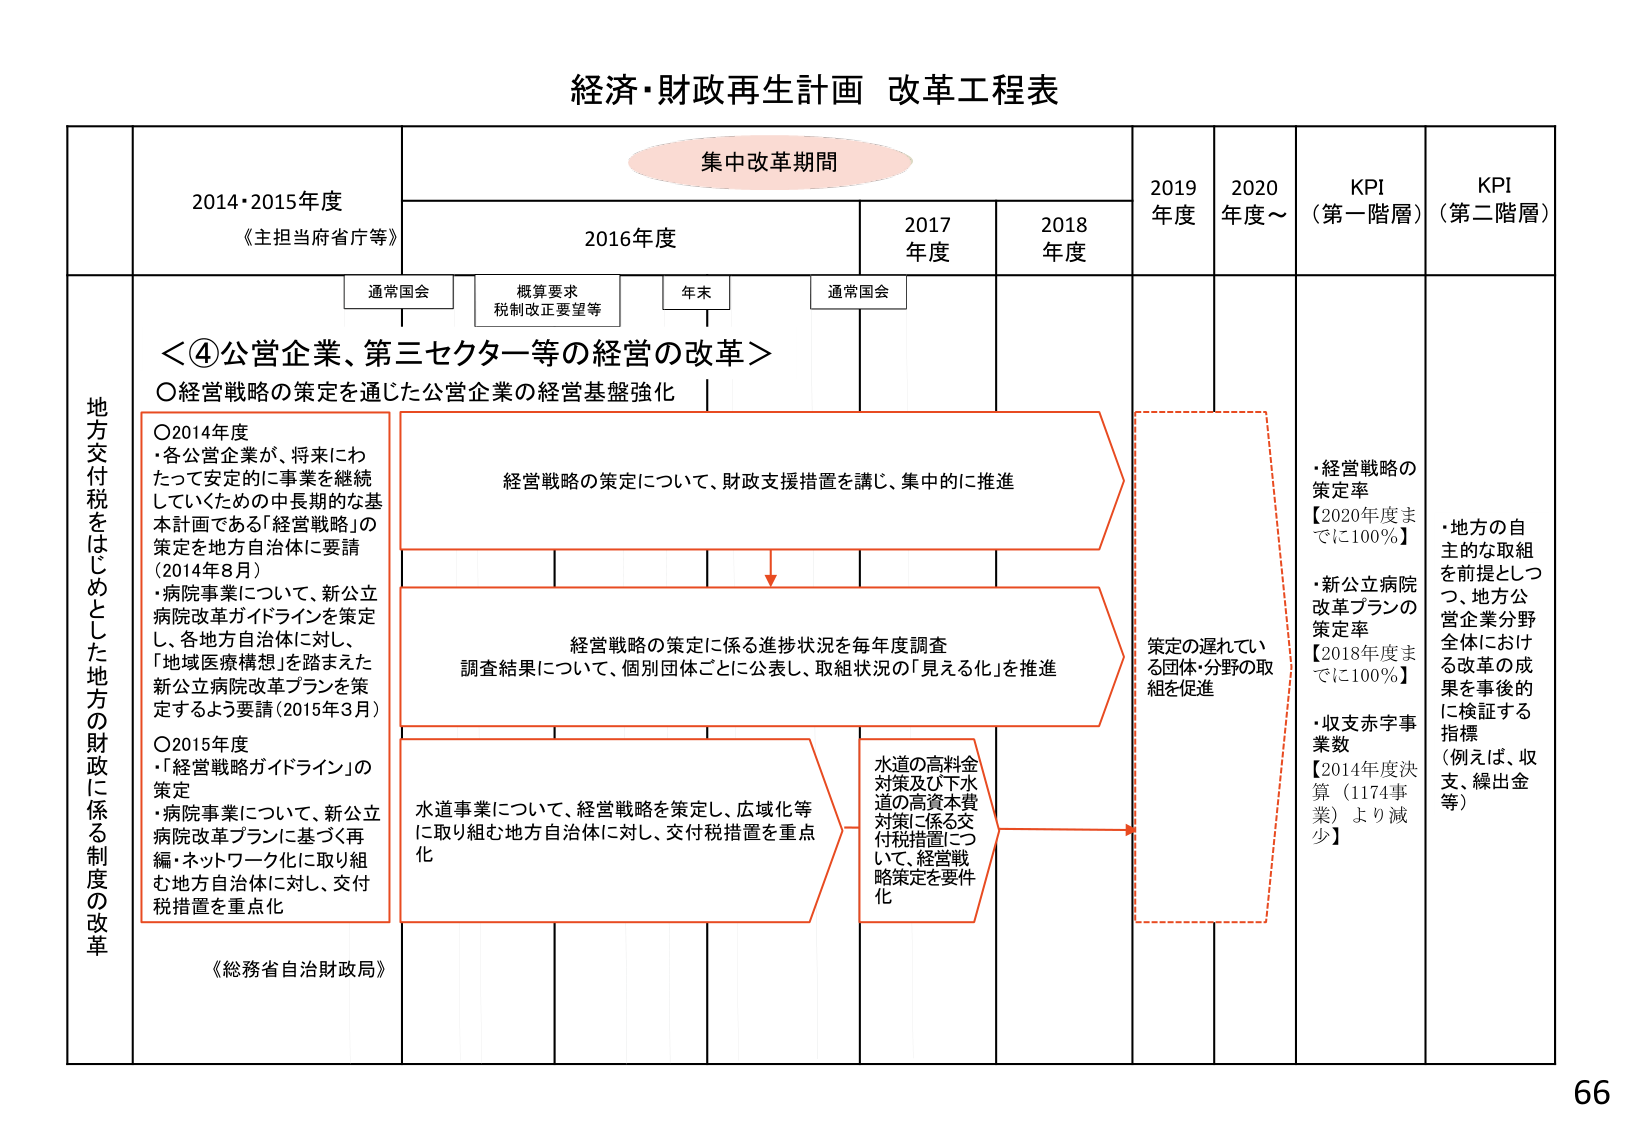
経済・財政再生計画 改革工程表

集中改革期間

2014・2015年度
《主担当府省庁等》

2016年度

2017年度

2018年度

2019年度

2020年度～

KPI（第一階層）

KPI（第二階層）

通常国会

概算要求
税制改正要望等

年末

通常国会

地方交付税をはじめとした地方の財政に係る制度の改革

＜④公営企業、第三セクター等の経営の改革＞

〇経営戦略の策定を通じた公営企業の経営基盤強化

〇2014年度
・各公営企業が、将来にわたって安定的に事業を継続していくための中長期的な基本計画である「経営戦略」の策定を地方自治体に要請（2014年8月）
・病院事業について、新公立病院改革ガイドラインを策定し、各地方自治体に対し、「地域医療構想」を踏まえた新公立病院改革プランを策定するよう要請（2015年3月）

〇2015年度
・「経営戦略ガイドライン」の策定
・病院事業について、新公立病院改革プランに基づく再編・ネットワーク化に取り組む地方自治体に対し、交付税措置を重点化

経営戦略の策定について、財政支援措置を講じ、集中的に推進

経営戦略の策定に係る進捗状況を毎年度調査
調査結果について、個別団体ごとに公表し、取組状況の「見える化」を推進

水道事業について、経営戦略を策定し、広域化等に取り組む地方自治体に対し、交付税措置を重点化

水道の高料金対策及び下水道の高資本費対策に係る交付税措置について、経営戦略策定を要件化

策定の遅れている団体・分野の取組を促進

・経営戦略の策定率
【2020年度までに100％】

・新公立病院改革プランの策定率
【2018年度までに100％】

・収支赤字事業数
【2014年度決算（1174事業）より減少】

・地方の自主的な取組を前提としつつ、地方公営企業分野全体における改革の成果を事後的に検証する指標
（例えば、収支、繰出金等）

《総務省自治財政局》

66